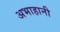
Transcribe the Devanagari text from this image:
अभाहानी